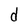
Character: d